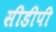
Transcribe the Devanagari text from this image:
सीडीपी